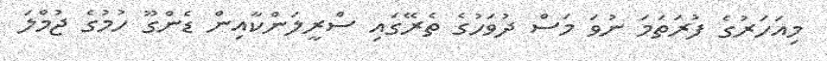
މިއަހަރުގެ ފުރަތަމަ ނުވަ މަސް ދުވަހުގެ ތެރޭގައި ސްރީލަންކާއިން ޑެންގޫ ހުމުގެ ޖުމްލަ